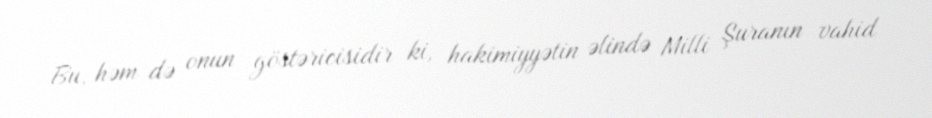
Bu, həm də onun göstəricisidir ki, hakimiyyətin əlində Milli Şuranın vahid